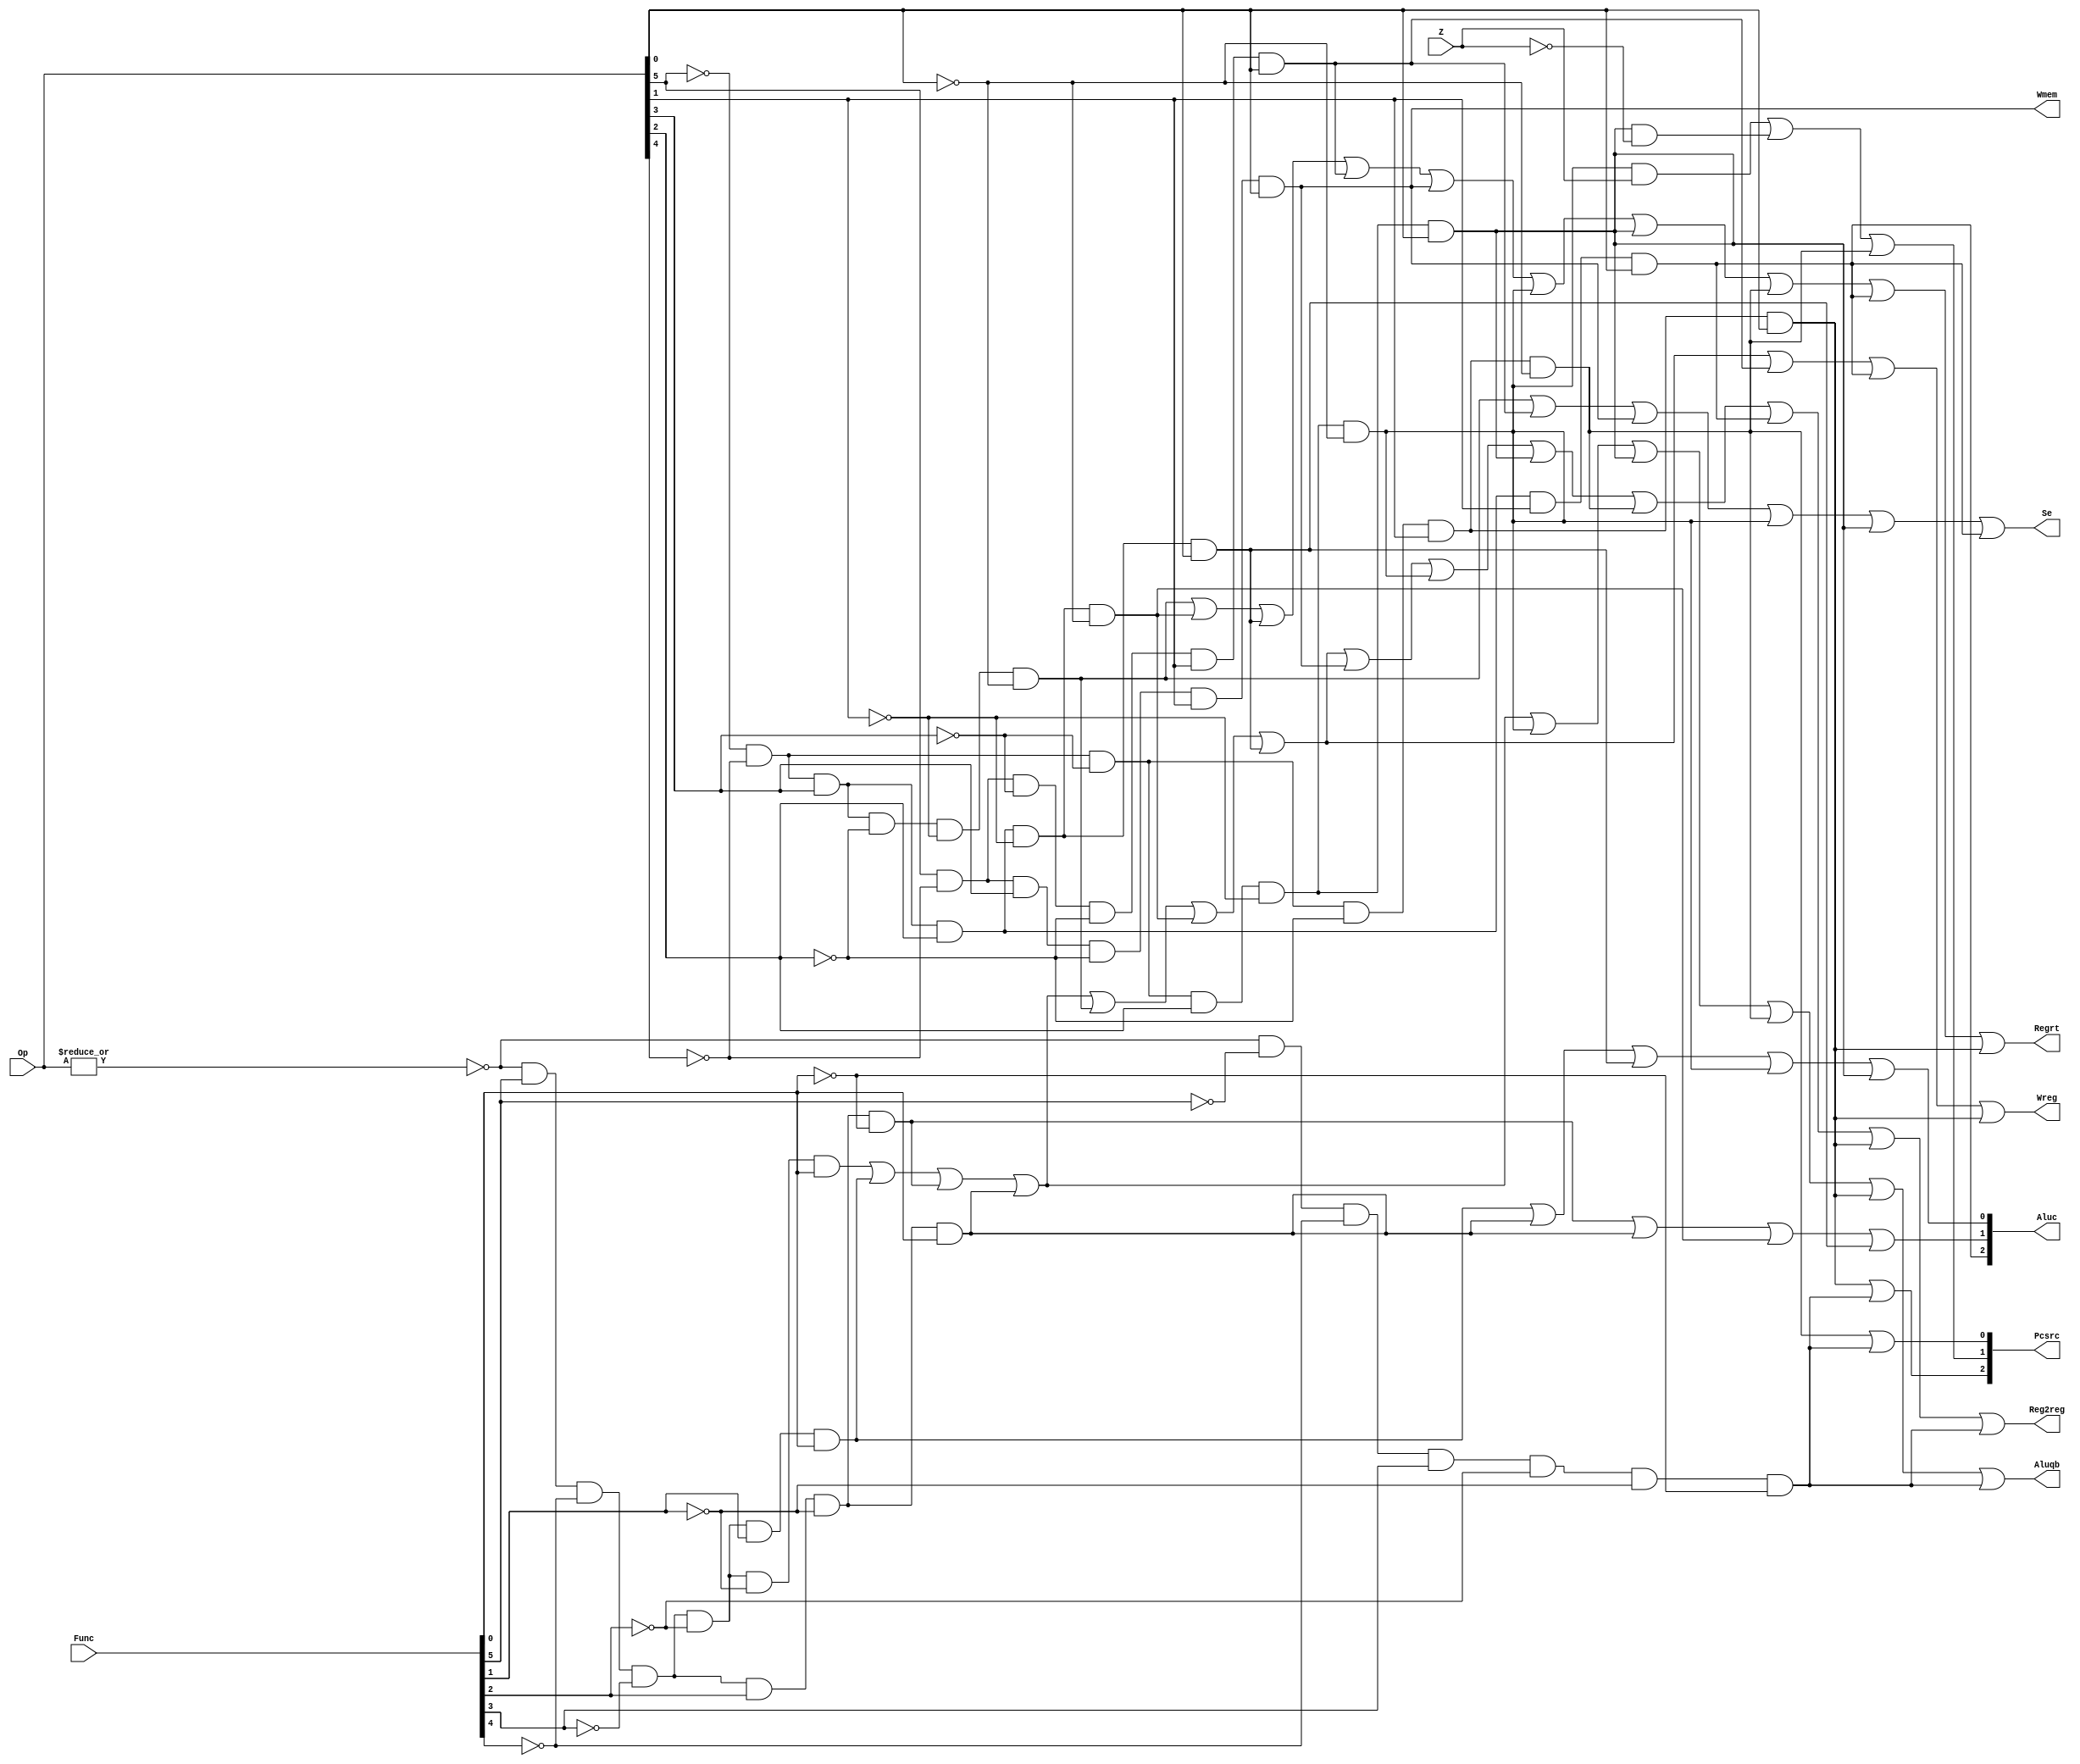
`timescale 1ns / 1ps
//////////////////////////////////////////////////////////////////////////////////
// Company: 
// Engineer: 
// 
// Design Name: 
// Module Name: CONUNIT
// Project Name: 
// Target Devices: 
// Tool Versions: 
// Description: 
// 
// Dependencies: 
// 
// Revision:
// Revision 0.01 - File Created
// Additional Comments:
// 
//////////////////////////////////////////////////////////////////////////////////


module CONUNIT(Op,Func,Z,Regrt,Se,Wreg,Aluqb,Aluc,Wmem,Pcsrc,Reg2reg);
    input[5:0]Op,Func;
    input Z;
    output Regrt,Se,Wreg,Aluqb,Wmem,Reg2reg;
    output[2:0]Pcsrc;
    output [2:0]Aluc;

    wire R_type=~|Op;
    wire I_addu=R_type&Func[5]&~Func[4]&~Func[3]&~Func[2]&~Func[1]&Func[0];
    wire I_subu=R_type&Func[5]&~Func[4]&~Func[3]&~Func[2]&Func[1]&Func[0];
    wire I_and=R_type&Func[5]&~Func[4]&~Func[3]&Func[2]&~Func[1]&~Func[0];
    wire I_or=R_type&Func[5]&~Func[4]&~Func[3]&Func[2]&~Func[1]&Func[0];
    wire I_jr=R_type&~Func[5]&~Func[4]&Func[3]&~Func[2]&~Func[1]&~Func[0];

    wire I_addi=~Op[5]&~Op[4]&Op[3]&~Op[2]&~Op[1]&~Op[0];
    wire I_andi=~Op[5]&~Op[4]&Op[3]&Op[2]&~Op[1]&~Op[0];
    wire I_ori=~Op[5]&~Op[4]&Op[3]&Op[2]&~Op[1]&Op[0];
    wire I_lw=Op[5]&~Op[4]&~Op[3]&~Op[2]&Op[1]&Op[0];
    wire I_sw=Op[5]&~Op[4]&Op[3]&~Op[2]&Op[1]&Op[0];
    wire I_beq=~Op[5]&~Op[4]&~Op[3]&Op[2]&~Op[1]&~Op[0];
    wire I_bne=~Op[5]&~Op[4]&~Op[3]&Op[2]&~Op[1]&Op[0];
    wire I_J=~Op[5]&~Op[4]&~Op[3]&~Op[2]&Op[1]&~Op[0];
    wire I_lui=~Op[5]&~Op[4]&Op[3]&Op[2]&Op[1]&Op[0];
    wire I_jal=~Op[5]&~Op[4]&~Op[3]&~Op[2]&Op[1]&Op[0];

    assign Regrt=I_addi|I_andi|I_ori|I_lw|I_sw|I_beq|I_bne|I_J|I_lui|I_jal;
    assign Se=I_addi|I_lw|I_sw|I_beq|I_bne|I_lui;
    assign Wreg=I_addu|I_subu|I_and|I_or|I_addi|I_andi|I_ori|I_lw|I_lui|I_jal;
    assign Aluqb=I_addu|I_subu|I_and|I_or|I_beq|I_bne|I_J|I_jal|I_jr;
    assign Aluc[2]=I_lui;
    assign Aluc[1]=I_and|I_or|I_andi|I_ori;
    assign Aluc[0]=I_subu|I_or|I_ori|I_beq|I_bne;
    assign Wmem=I_sw;  
    assign Pcsrc[2]=I_jal|I_jr;
    assign Pcsrc[1]=I_beq&Z|I_bne&~Z|I_J;
    assign Pcsrc[0]=I_J|I_jr;
    assign Reg2reg=I_addu|I_subu|I_and|I_or|I_addi|I_andi|I_ori|I_sw|I_beq|I_bne|I_J|I_lui|I_jal|I_jr;
endmodule